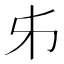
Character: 𠂔